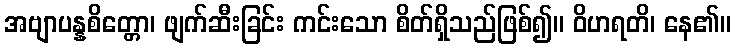
အဗျာပန္နစိတ္တော၊ ဖျက်ဆီးခြင်း ကင်းသော စိတ်ရှိသည်ဖြစ်၍။ ဝိဟရတိ၊ နေ၏။